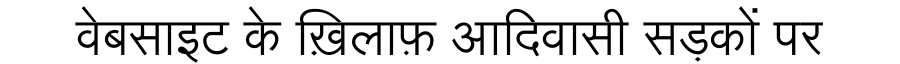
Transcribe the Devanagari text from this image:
वेबसाइट के ख़िलाफ़ आदिवासी सड़कों पर